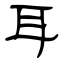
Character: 耳